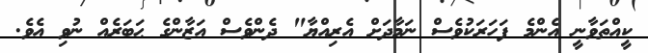
ކީއްތަވާނީ އެންމެ ފަހަރަކުވެސް ނަމާދަށް އެރިއްޔާ" ދެންވެސް އަޒާންގެ ޙަބަރެއް ނުވި އެވެ.